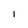
Character: l